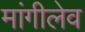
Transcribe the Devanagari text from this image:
मांगीलेव